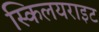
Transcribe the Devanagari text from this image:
स्किलयराइट